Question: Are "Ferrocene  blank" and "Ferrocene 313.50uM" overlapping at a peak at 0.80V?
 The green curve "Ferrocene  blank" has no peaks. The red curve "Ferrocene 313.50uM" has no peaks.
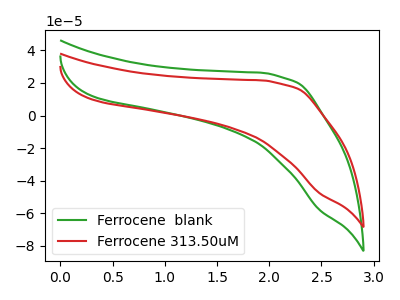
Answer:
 <answer>No, "Ferrocene  blank" and "Ferrocene 313.50uM" dont share a peak at 0.80V.</answer>
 <eval>mismatch</eval>